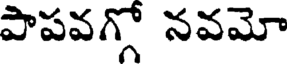
పాపవగ్గో నవమో